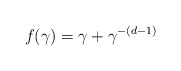
\begin{align*}f(\gamma) = \gamma + \gamma^{-(d - 1)}\end{align*}